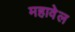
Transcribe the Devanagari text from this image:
महावेल